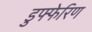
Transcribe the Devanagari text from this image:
डुफ्फेरिण